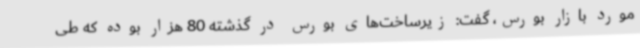
مورد بازار بورس، گفت: زیرساخت‌های بورس در گذشته 80 هزار بوده که طی